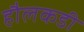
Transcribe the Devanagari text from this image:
हौलकडी